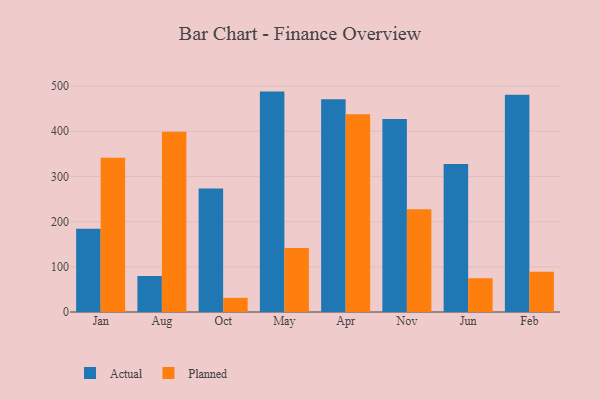
{"axis": {"x": "Month", "y": "Website Visitors"}, "legend": ["Actual", "Planned"], "data": [{"x": "Jan", "y": 184.3, "type": "Actual"}, {"x": "Jan", "y": 341.4, "type": "Planned"}, {"x": "Aug", "y": 79.7, "type": "Actual"}, {"x": "Aug", "y": 398.8, "type": "Planned"}, {"x": "Oct", "y": 273.5, "type": "Actual"}, {"x": "Oct", "y": 31.3, "type": "Planned"}, {"x": "May", "y": 487.8, "type": "Actual"}, {"x": "May", "y": 141.9, "type": "Planned"}, {"x": "Apr", "y": 470.7, "type": "Actual"}, {"x": "Apr", "y": 437.8, "type": "Planned"}, {"x": "Nov", "y": 427.4, "type": "Actual"}, {"x": "Nov", "y": 227.2, "type": "Planned"}, {"x": "Jun", "y": 327.6, "type": "Actual"}, {"x": "Jun", "y": 74.7, "type": "Planned"}, {"x": "Feb", "y": 480.8, "type": "Actual"}, {"x": "Feb", "y": 89.3, "type": "Planned"}]}